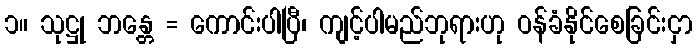
၁။ သုဋ္ဌု ဘန္တေ = ကောင်းပါပြီ၊ ကျင့်ပါမည်ဘုရားဟု ဝန်ခံနိုင်စေခြင်းငှာ